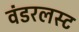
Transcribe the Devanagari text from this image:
वंडरलस्ट